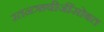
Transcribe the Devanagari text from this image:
रतनऋषीजींसोबत